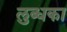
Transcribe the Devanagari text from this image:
लुब्धका